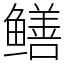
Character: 鳝